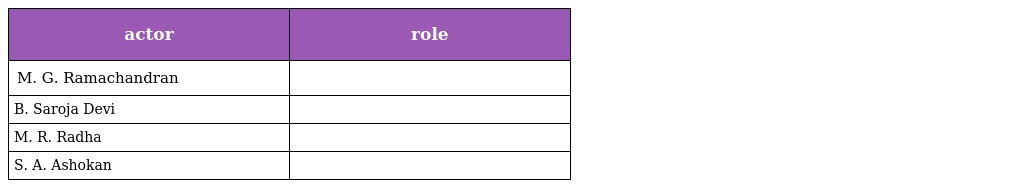
| actor | role |
 | --- | --- |
 | M. G. Ramachandran |  |
 | B. Saroja Devi |  |
 | M. R. Radha |  |
 | S. A. Ashokan |  |